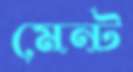
মেন্ট